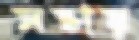
সভায়